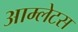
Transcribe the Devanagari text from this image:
आम्लेटस